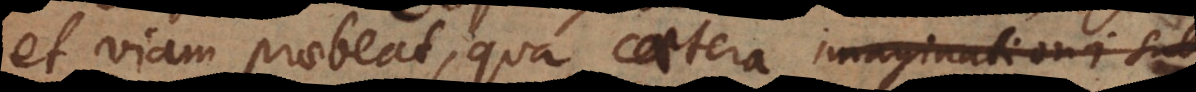
et viam praebeat, qua caetera imaginationi